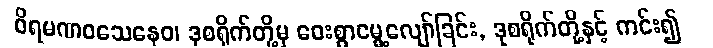
ဝိရမဏဝသေနေဝ၊ ဒုစရိုက်တို့မှ ဝေးစွာမွေ့လျော်ခြင်း, ဒုစရိုက်တို့နှင့် ကင်း၍